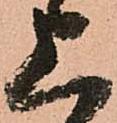
上